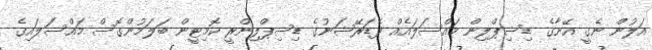
އަލުން ނެގީ އޭނާގެ ޑިސިޕްލިން މައްސަލައެއް ފެޑަރޭޝަނުގެ ޑިސިޕްލިންރީ ކޮމިޓީން ބަލަމުންގޮސް މައްސަލައިގެ